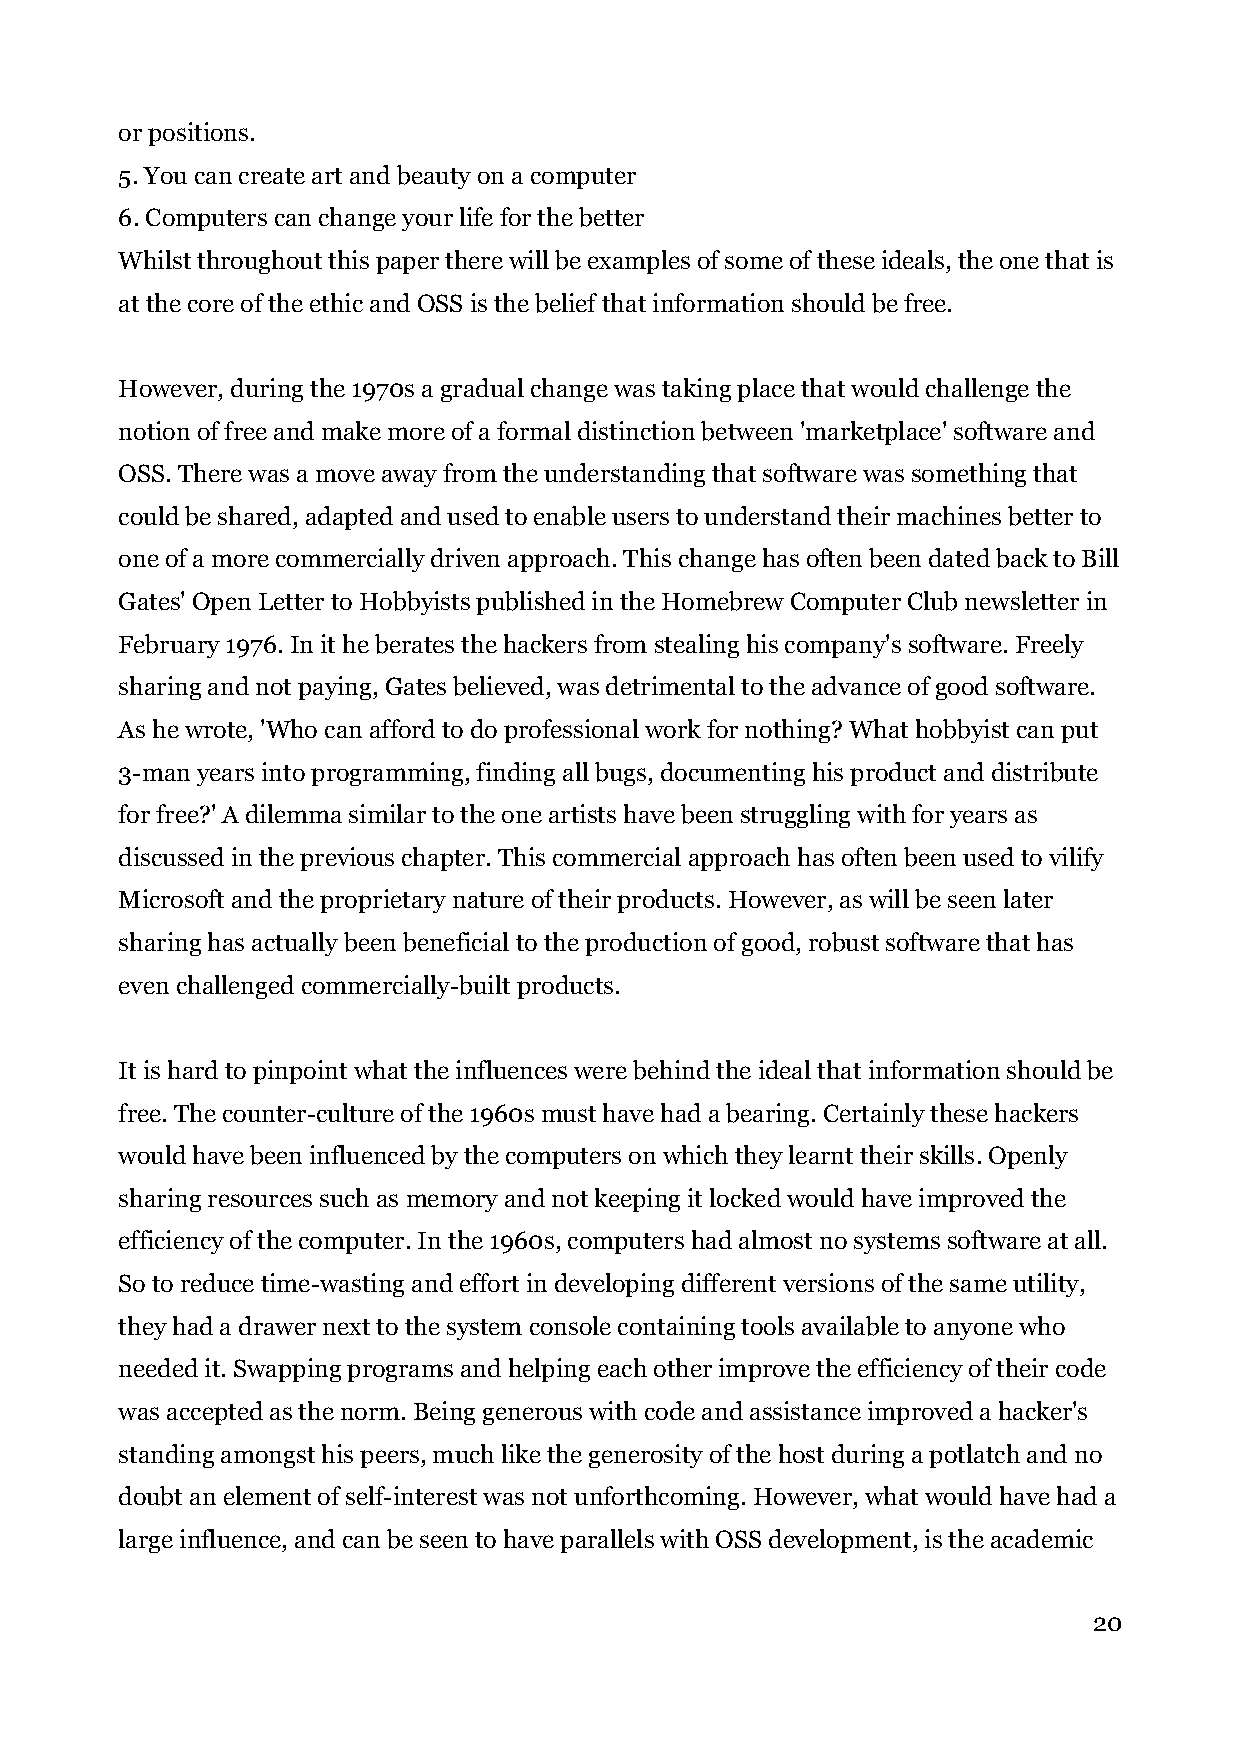
or positions.
 5. You can create art and beauty on a computer
 6. Computers can change your life for the better
 Whilst throughout this paper there will be examples of some of these ideals, the one that is
 at the core of the ethic and OSS is the belief that information should be free.
 However, during the 1970s a gradual change was taking place that would challenge the
 notion of free and make more of a formal distinction between 'marketplace' software and
 OSS. There was a move away from the understanding that software was something that
 could be shared, adapted and used to enable users to understand their machines better to
 one of a more commercially driven approach. This change has often been dated back to Bill
 Gates' Open Letter to Hobbyists published in the Homebrew Computer Club newsletter in
 February 1976. In it he berates the hackers from stealing his company's software. Freely
 sharing and not paying, Gates believed, was detrimental to the advance of good software.
 As he wrote, 'Who can afford to do professional work for nothing? What hobbyist can put
 3-man years into programming, finding all bugs, documenting his product and distribute
 for free?' A dilemma similar to the one artists have been struggling with for years as
 discussed in the previous chapter. This commercial approach has often been used to vilify
 Microsoft and the proprietary nature of their products. However, as will be seen later
 sharing has actually been beneficial to the production of good, robust software that has
 even challenged commercially-built products.
 It is hard to pinpoint what the influences were behind the ideal that information should be
 free. The counter-culture of the 1960s must have had a bearing. Certainly these hackers
 would have been influenced by the computers on which they learnt their skills. Openly
 sharing resources such as memory and not keeping it locked would have improved the
 efficiency of the computer. In the 1960s, computers had almost no systems software at all.
 So to reduce time-wasting and effort in developing different versions of the same utility,
 they had a drawer next to the system console containing tools available to anyone who
 needed it. Swapping programs and helping each other improve the efficiency of their code
 was accepted as the norm. Being generous with code and assistance improved a hacker's
 standing amongst his peers, much like the generosity of the host during a potlatch and no
 doubt an element of self-interest was not unforthcoming. However, what would have had a
 large influence, and can be seen to have parallels with OSS development, is the academic
 20